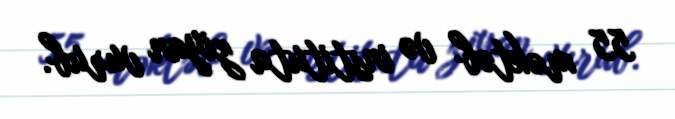
55 məktəb və instituta ziyan vurub.